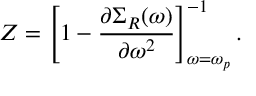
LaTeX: Z = \left[ 1 - \frac { \partial \Sigma _ { R } ( \omega ) } { \partial \omega ^ { 2 } } \right] _ { \omega = \omega _ { p } } ^ { - 1 } .